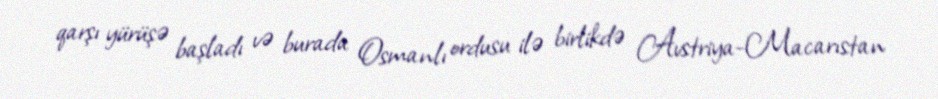
qarşı yürüşə başladı və burada Osmanlı ordusu ilə birlikdə Avstriya-Macarıstan